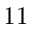
1 1